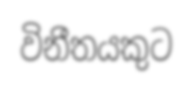
විනීතයකුට